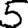
Digit: 5